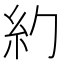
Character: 𥾉